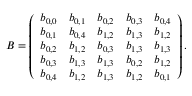
B = \left( \begin{array} { l l l l l } { b _ { 0 , 0 } } & { b _ { 0 , 1 } } & { b _ { 0 , 2 } } & { b _ { 0 , 3 } } & { b _ { 0 , 4 } } \\ { b _ { 0 , 1 } } & { b _ { 0 , 4 } } & { b _ { 1 , 2 } } & { b _ { 1 , 3 } } & { b _ { 1 , 2 } } \\ { b _ { 0 , 2 } } & { b _ { 1 , 2 } } & { b _ { 0 , 3 } } & { b _ { 1 , 3 } } & { b _ { 1 , 3 } } \\ { b _ { 0 , 3 } } & { b _ { 1 , 3 } } & { b _ { 1 , 3 } } & { b _ { 0 , 2 } } & { b _ { 1 , 2 } } \\ { b _ { 0 , 4 } } & { b _ { 1 , 2 } } & { b _ { 1 , 3 } } & { b _ { 1 , 2 } } & { b _ { 0 , 1 } } \end{array} \right) .